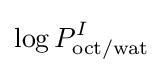
\log P_{\text{oct/wat}}^{I}